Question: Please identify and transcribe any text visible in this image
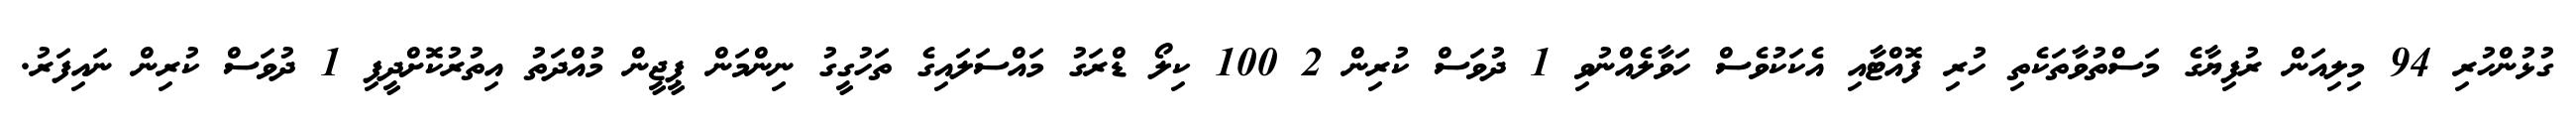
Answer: ގުޅުންހުރި 94 މިލިއަން ރުފިޔާގެ މަސްތުވާތަކެތި ހުރި ފޮއްޓާއި އެކަކުވެސް ހަވާލެއްނުވި 1 ދުވަސް ކުރިން 2 100 ކިލޯ ޑްރަގު މައްސަލައިގެ ތަހުގީގު ނިންމަން ޕީޖީން މުއްދަތު އިތުރުކޮށްދީފި 1 ދުވަސް ކުރިން ނައިފަރު.